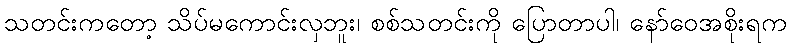
သတင်းကတော့ သိပ်မကောင်းလှဘူး၊ စစ်သတင်းကို ပြောတာပါ၊ နော်ဝေအစိုးရက